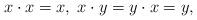
LaTeX: \begin{align*}x\cdot x=x,\; x\cdot y=y\cdot x=y,\end{align*}